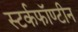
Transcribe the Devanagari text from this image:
स्टर्कफॉण्टीन